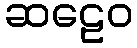
ဆဠေဝ